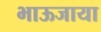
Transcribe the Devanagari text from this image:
भाऊजाया